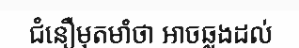
ជំនឿមុតមាំថា អាចឆ្លងដល់